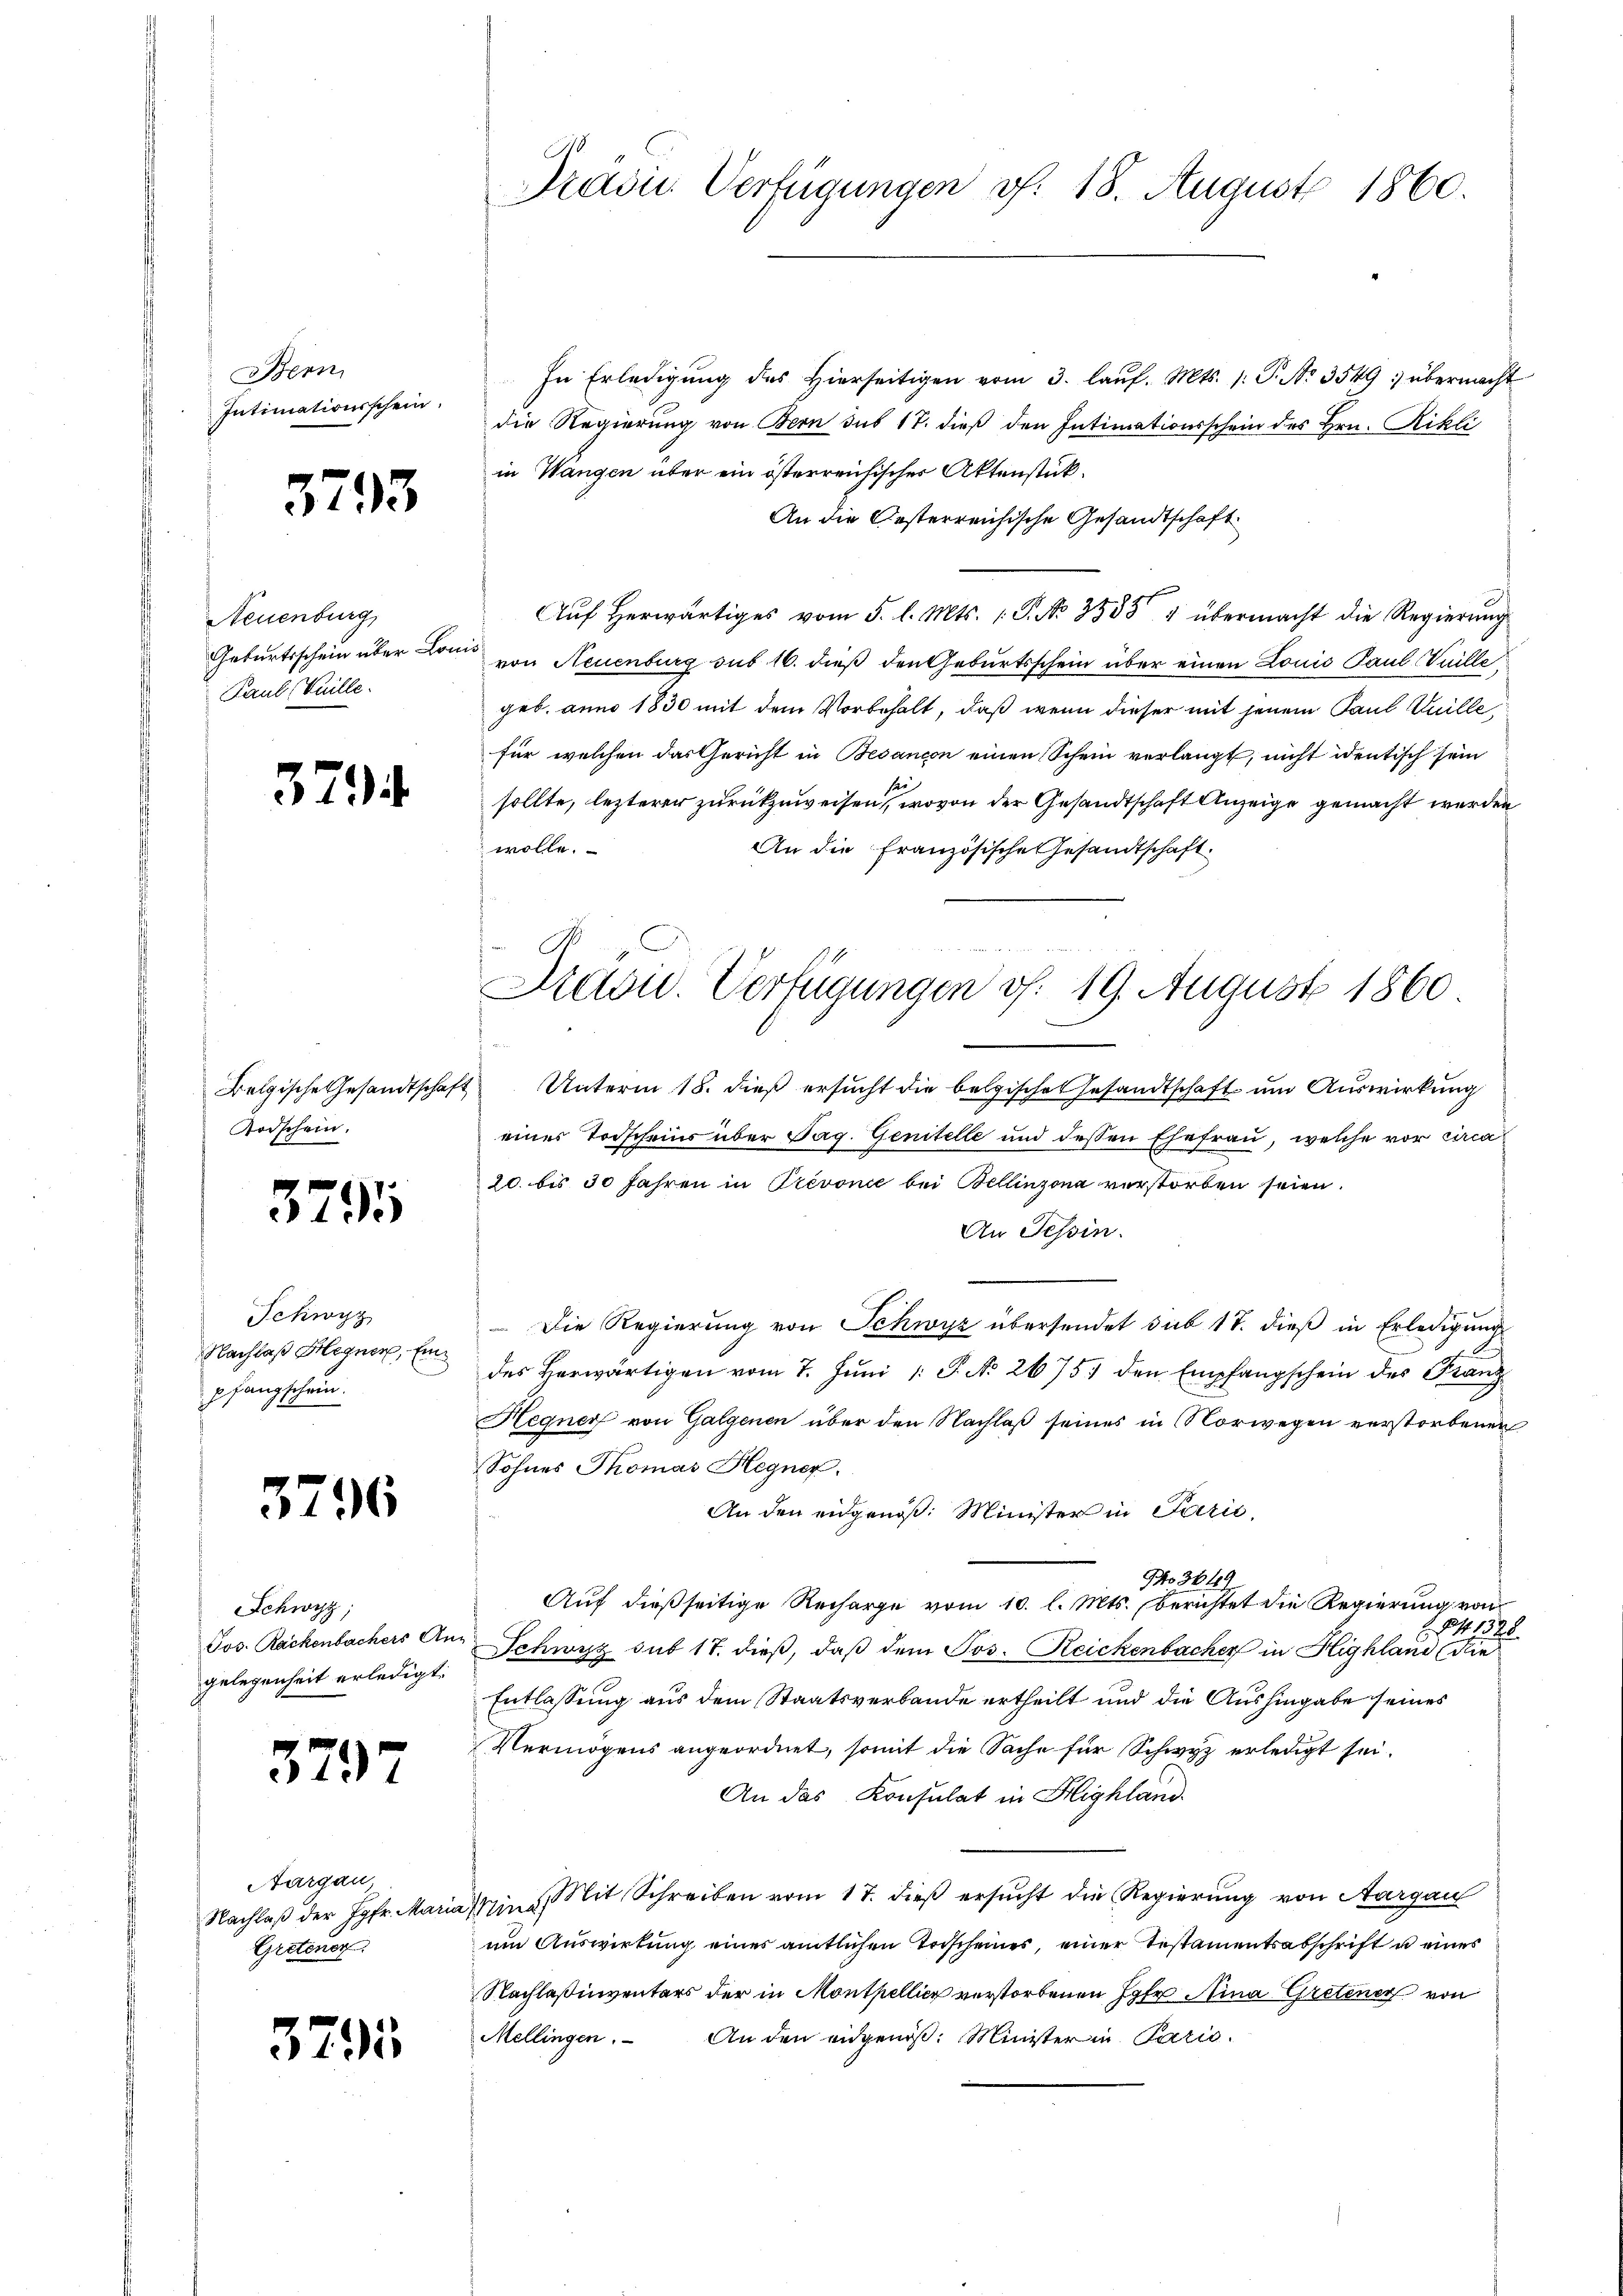
Bern,
Intimationsschein.

3793

Neuenburg
Geburtsschein über Kon
Paul Vuille.

3794.

32

3.

Vorschein.

15

Ichwyz
Nachlaß Hegner, Einpfangschein.

Schwyz;
Jos. Rackenbachers An-
gelegenheit erledigt.

327

6

3795

Aargau,
Nachlaß der Jgfr. Marie
Gretener.

Prädie Verfügungen v. 18. August 1860.

In Erledigŭng des hierseitigen vom 3. laŭf. Mts. 1. P. Nr. 3549; übermacht
die Regierung von Bern sub 17. dieß den Intimationsschein des Hrn. Rikli
in Wangen über ein österreichisches Aktenstück.
An die Gesterreichische Gesandtschaft.
Aŭf herwärtiges vom 5. l. Mts. 1. P. No. 35884 übermacht die Regierŭng
5 x
von Neuenburg sub 16. dieß den Geburtsschein über einen Louis Paul (Vuille
geb. anno 1830 mit dem Vorbehalt, daß wenn dieser mit jenem Paul Kuille,
für welchen das Gericht in Besançon einen Schein verlangt, nicht identisch sein
e
sollte, lezterer zurückzuweisen, wovon der Gesandtschaft Anzeige gemacht werden
wolle.
An die französische Gesandtschaft.
Belgische Gesandtschaft Unterm 18. dieß ersucht die belgischet Gesandtschaft um Auswirkung
eines Todscheins über Pag. Genitelle und dessen Ehefrau, welche vor circa
20. bis 30 Jahren in Prévonie bei Bellinzona verstorben seien.
An Tessin.
Die Regierung von Schwyz übersendet sub 17. dieß in Erledigung
des Herwärtigen vom 7. Juni 1: P. No 2675. den Empfangschein des Franz
Hegner von Galgenen über den Nachlaß seines in Norwegen verstorbenen
Sohnes Thomas Hegner.
An den eidgenoß: Minister in Parić,
No 3649
Auf dießseitige Recharge vom 10. l. Mts. berichtet die Regierung von
841328
Schwyz sub 17. dieß, daß dem Jos. Reickenbacher in Highland die
Entlassung aus dem Staatsverbande ertheilt und die Aushingabe seines
Vermögens angeordnet, somit die Sache für Schwyz erledigt sei.
An das Konsulat in Highland
Min. Mit Schreiben vom 17. dieß ersucht die Regierung von Aargau
um Auswirkung eines amtlichen Vorscheines, einer Testamentsabschrift u eines
Nachlaßinventars der in Monthellier verstorbenen Jahr Nina Gretener von
Mellingen. An den eidgenöβ: Minister in Paris.

4 2
Arevid. Verfügungen v. 19. August 1860.